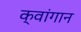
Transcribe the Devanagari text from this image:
क्वांगान